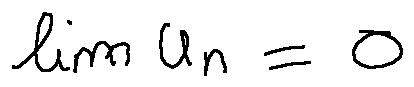
\lim u _ { n } = 0